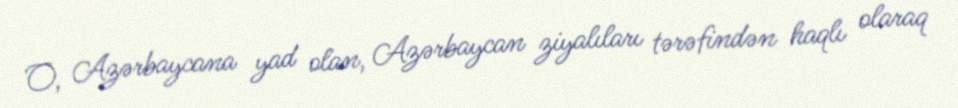
O, Azərbaycana yad olan, Azərbaycan ziyalıları tərəfindən haqlı olaraq